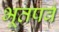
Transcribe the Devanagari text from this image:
भूतपर्व